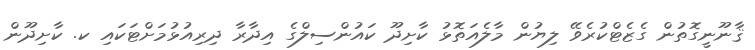
ޤާނޫނީގޮތުން ގެޒެޓްކުރެވޭ ލިޔުން މާލެއަތޮޅު ކާށިދޫ ކައުންސިލްގެ އިދާރާ ދިރިއުޅުމަށްޓަކައި ކ. ކާށިދޫން